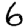
Digit: 6